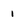
Character: 1